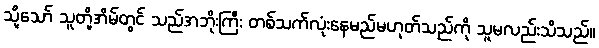
သို့သော် သူတို့အိမ်တွင် သည်အဘိုးကြီး တစ်သက်လုံးနေမည်မဟုတ်သည်ကို သူမလည်းသိသည်။